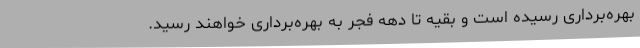
بهره‌برداری رسیده است و بقیه تا دهه فجر به بهره‌برداری خواهند رسید.